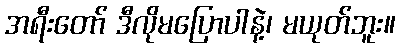
အရီးတော် ဒီလိုမပြောပါနဲ့၊ မယုတ်ဘူး။